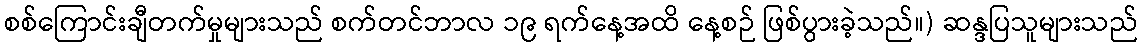
စစ်ကြောင်းချီတက်မှုများသည် စက်တင်ဘာလ ၁၉ ရက်နေ့အထိ နေ့စဉ် ဖြစ်ပွားခဲ့သည်။) ဆန္ဒပြသူများသည်